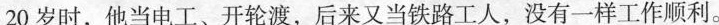
20岁时，他当电工、开轮渡，后来又当铁路工人，没有一样工作顺利。